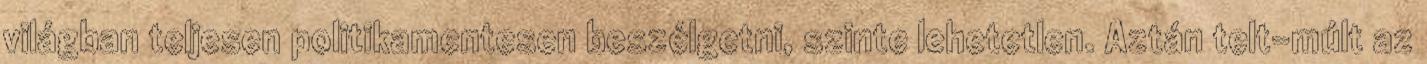
világban teljesen politikamentesen beszélgetni, szinte lehetetlen. Aztán telt-múlt az